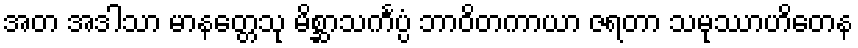
အတ အဒါသာ မာနတ္တေသု မိစ္ဆာသင်္ကပ္ပံ ဘာဝိတကာယာ ဇရတာ သမုဿာဟိတေန